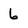
Character: 6